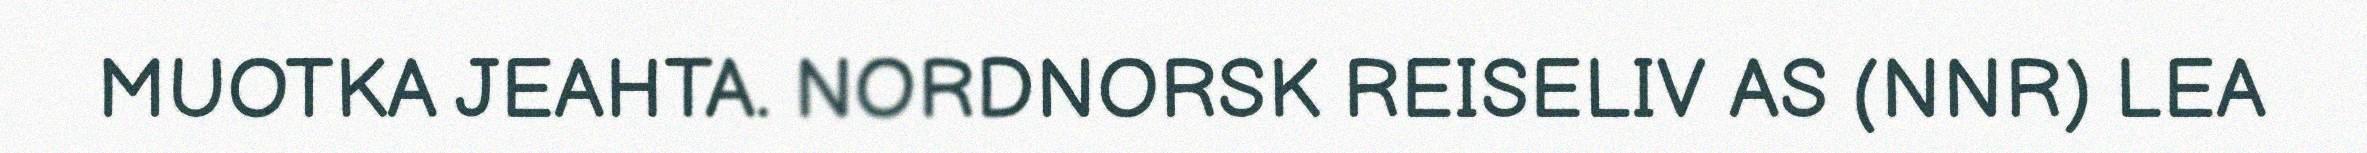
MUOTKA JEAHTA. NORDNORSK REISELIV AS (NNR) LEA